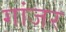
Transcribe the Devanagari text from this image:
गांजर